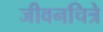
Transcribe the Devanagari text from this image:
जीवनचित्रे